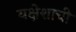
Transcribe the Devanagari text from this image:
यक्षेशाची